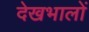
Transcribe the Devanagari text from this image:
देखभालों